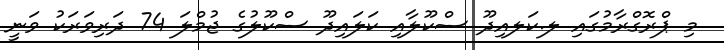
މި ޕްރޮގްރާމުގައި ލ.ކަލއިދޫ ސްކޫލާއި ކަލައިދޫ ސްކޫލުގެ ޖުމްލަ 74 ދަރިވަރަކު ވަނީ